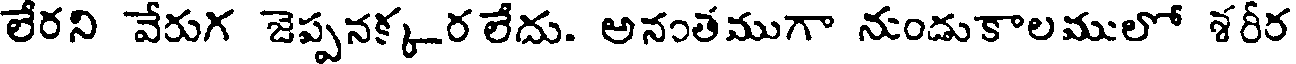
లేరని వేరుగ జెప్పనక్క_ర లేదు. అనంతముగా నుండుకాలములో శరీర